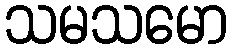
သမသမော